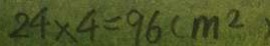
2 4 \times 4 = 9 6 ( m ^ { 2 } )